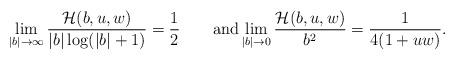
LaTeX: \begin{align*}\lim_{|b|\to\infty}\frac{\mathcal{H}(b,u,w)}{|b|\log(|b|+1)}=\frac{1}{2}\qquad\mathrm{and}\lim_{|b|\to 0}\frac{\mathcal{H}(b,u,w)}{b^2}=\frac{1}{4(1+uw)}.\end{align*}